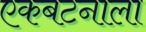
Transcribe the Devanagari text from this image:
एकबटनाला